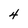
Character: 4